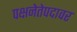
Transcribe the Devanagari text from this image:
पक्षनेतेपदावर